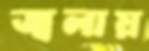
জ্বলায়